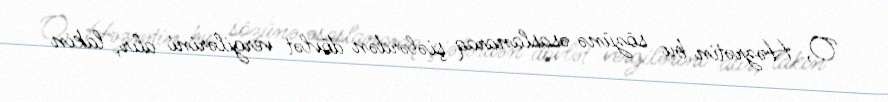
O, Həzrətin bu sözünə əsaslanaraq şiələrdən dövlət vergilərini alır, lakin